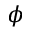
\phi